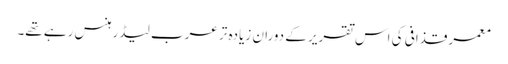
معمر قذافی کی اس تقریر کے دوران زیادہ تر عرب لیڈر ہنس رہے تھے۔